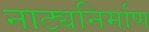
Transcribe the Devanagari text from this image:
नाट्यनिर्माण